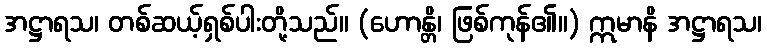
အဋ္ဌာရသ၊ တစ်ဆယ့်ရှစ်ပါးတို့သည်။ (ဟောန္တိ၊ ဖြစ်ကုန်၏။) ဣမာနိ အဋ္ဌာရသ၊